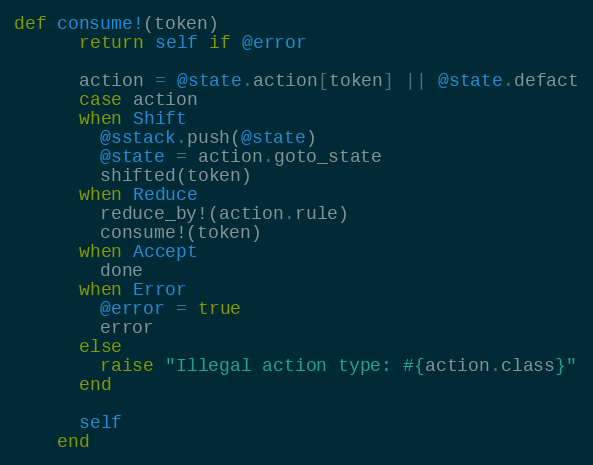
Language: Ruby
def consume!(token)
      return self if @error

      action = @state.action[token] || @state.defact
      case action
      when Shift
        @sstack.push(@state)
        @state = action.goto_state
        shifted(token)
      when Reduce
        reduce_by!(action.rule)
        consume!(token)
      when Accept
        done
      when Error
        @error = true
        error
      else
        raise "Illegal action type: #{action.class}"
      end

      self
    end